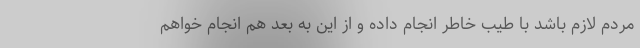
مردم لازم باشد با طیب خاطر انجام داده و از این به بعد هم انجام خواهم